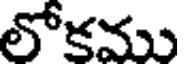
లోకము